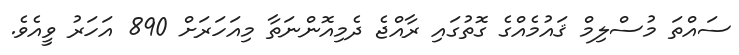
ސައްތަ މުސްލިމް ޤައުމެއްގެ ގޮތުގައި ރާއްޖެ ދެމިއޮންނަތާ މިއަހަރަށް 890 އަހަރު ވީއެވެ.